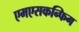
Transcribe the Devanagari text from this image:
एमएसकन्फिग